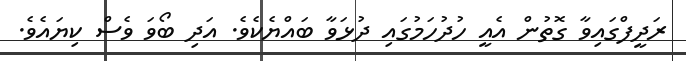
ރަދީފްގައިވާ ގޮތުން އެއީ ހުދުހަމުގައި ދުޅަވާ ބައްޔެކެވެ. އަދި ބޯވަ ވެސް ކިޔައެވެ.